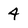
Character: 4